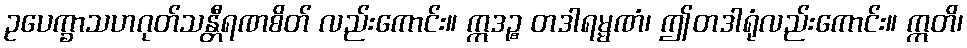
ဥပေက္ခာသဟဂုတ်သန္တီရဏစိတ် လည်းကောင်း။ ဣဒဉ္စ တဒါရမ္မဏံ၊ ဤတဒါရုံလည်းကောင်း။ ဣတိ၊